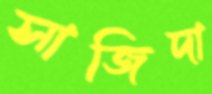
সাজিদা